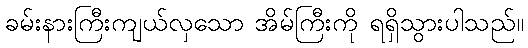
ခမ်းနားကြီးကျယ်လှသော အိမ်ကြီးကို ရရှိသွားပါသည်။